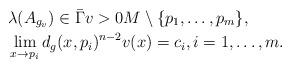
LaTeX: \begin{align*}&\lambda(A_{g_v}) \in \bar\Gamma v > 0 M \setminus \{p_1, \ldots, p_m\},\\&\lim_{x \rightarrow p_i} d_g(x,p_i)^{n-2} v(x) = c_i,i = 1, \ldots, m.\end{align*}